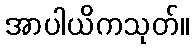
အာပါယိကသုတ်။